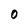
Character: 0